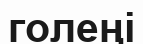
голеңі